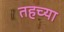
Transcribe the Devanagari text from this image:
तहच्या